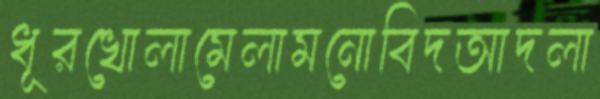
ধূরখোলামেলামনোবিদআদলা